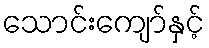
သောင်းကျော်နှင့်